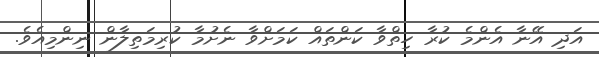
އަދި އޭނާ އެންމެ ކުރާ ހިތްވާ ކަންތައް ކަމަށްވާ ނެށުމާ ކުރިމަތިލާން ނިންމިއެވެ.